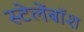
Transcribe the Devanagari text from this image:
स्टेलेंबॉश